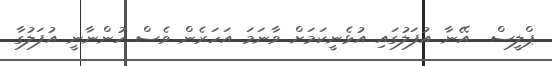
ޕްލީސް  އޭނާ އުފަލުގައި އުޅެނީކަމަށް ވާނަމަ އަހަރެން ވެސް ހުންނާނީ އުފަލުގާ